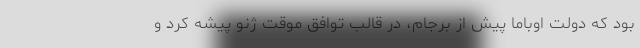
بود که دولت اوباما پیش از برجام، در قالب توافق موقت ژنو پیشه کرد و